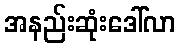
အနည်းဆုံးဒေါ်လာ